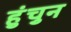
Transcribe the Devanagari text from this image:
हुंचुन